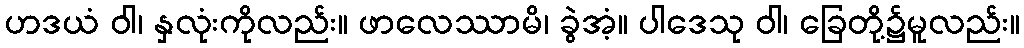
ဟဒယံ ဝါ၊ နှလုံးကိုလည်း။ ဖာလေဿာမိ၊ ခွဲအံ့။ ပါဒေသု ဝါ၊ ခြေတို့၌မူလည်း။